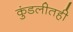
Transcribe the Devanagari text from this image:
कुंडलीतही